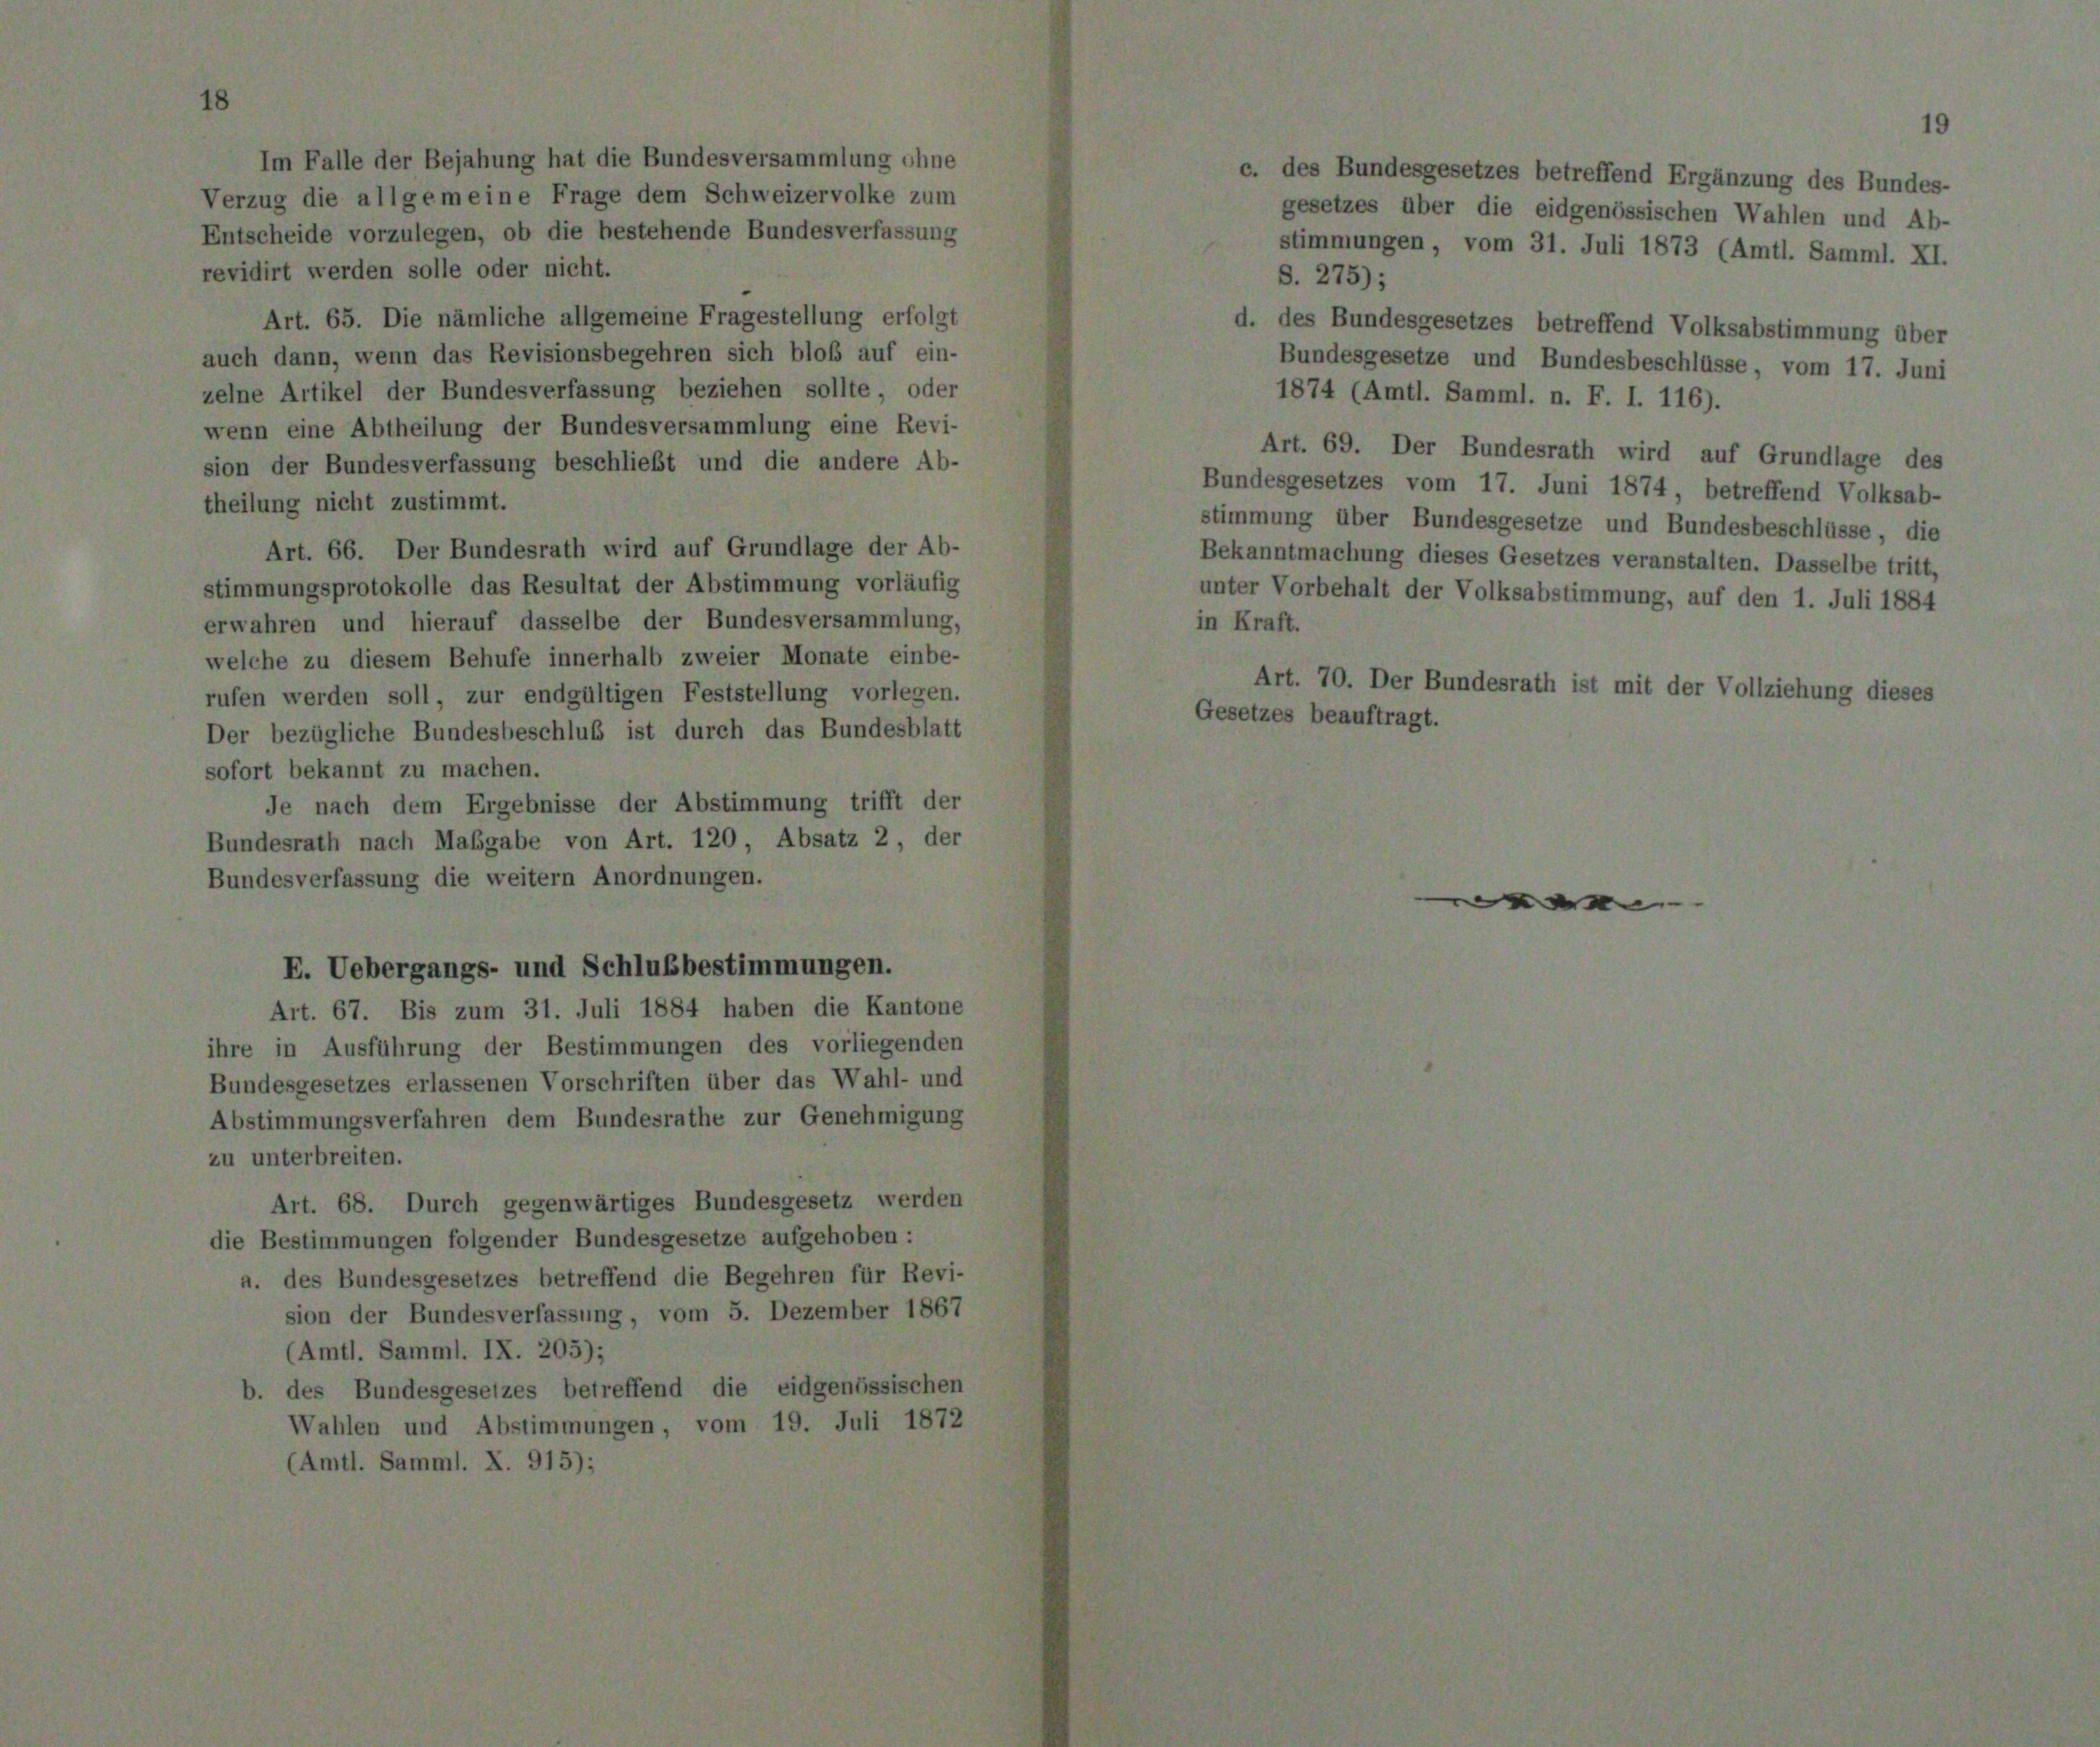
Art. 65. Die nämliche allgemeine Fragestellung erfolgt
auch dann, wenn das Revisionsbegehren sich bloß auf ein-
zelne Artikel der Bundesverfassung beziehen sollte, oder
wenn eine Abtheilung der Bundesversammlung eine Revi-
sion der Bundesverfassung beschließt und die andere Ab-
theilung nicht zustimmt.
Art. 66. Der Bundesrath wird auf Grundlage der Ab-
stimmungsprotokolle das Resultat der Abstimmung vorläufig
erwahren und hierauf dasselbe der Bundesversammlung,
welche zu diesem Behufe innerhalb zweier Monate einbe-
rufen werden soll, zur endgültigen Feststellung vorlegen.
Der bezügliche Bundesbeschluß ist durch das Bundesblatt
sofort bekannt zu machen.
Je nach dem Ergebnisse der Abstimmung trifft der
Bundesrath nach Maßgabe von Art. 120, Absatz 2, der
Bundesverfassung die weitern Anordnungen.

E. Uebergangs- und Schlußbestimmungen.

lem Schweizervol
tehende Bundesve

Art. 67. Bis zum 31. Juli 1884 haben die Kantone
ihre in Ausführung der Bestimmungen des vorliegenden
Bundesgesetzes erlassenen Vorschriften über das Wahl- und
Abstimmungsverfahren dem Bundesrathe zur Genehmigung
zu unterbreiten.
Art. 68. Durch gegenwärtiges Bundesgesetz werden
die Bestimmungen folgender Bundesgesetze aufgehoben :
a. des Bundesgesetzes betreffend die Begehren für Revi-
sion der Bundesverfassung, vom 5. Dezember 1867
(Amtl. Samml. IX. 205);
b. des Bundesgesetzes betreffend die eidgenössischen
Wahlen und Abstimmungen, vom 19. Juli 1872
(Amtl. Samml. X. 915);

Art. 69. Der Bundesrath wir
Bundesgesetzes vom 17. Juni 187
stimmung über Bundesgesetze und
Bekanntmachung dieses Gesetzes verar
unter Vorbehalt der Volksabstimmung

70. Der Bunbeauftragt.

1